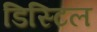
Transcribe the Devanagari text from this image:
डिस्टिल